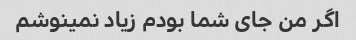
اگر من جای شما بودم زیاد نمینوشم